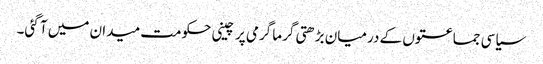
سیاسی جماعتوں کے درمیان بڑھتی گرما گرمی پر چینی حکومت میدان میں آ گئی۔